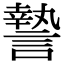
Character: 謺